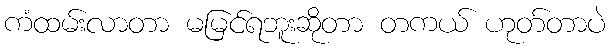
ကံထမ်းလာတာ မမြင်ရဘူးဆိုတာ တကယ် ဟုတ်တာပဲ